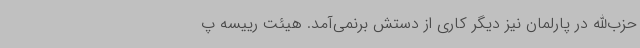
حزب‌الله در پارلمان نیز دیگر کاری از دستش برنمی‌آمد. هیئت رییسه پ